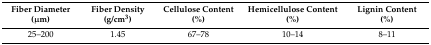
<table><thead><tr><td><b>Fiber Diameter (μm)</b></td><td><b>Fiber Density (g/cm<sup>3</sup>)</b></td><td><b>Cellulose Content (%)</b></td><td><b>Hemicellulose Content (%)</b></td><td><b>Lignin Content (%)</b></td></tr></thead><tbody><tr><td>25–200</td><td>1.45</td><td>67–78</td><td>10–14</td><td>8–11</td></tr></tbody></table>